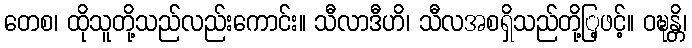
တေစ၊ ထိုသူတို့သည်လည်းကောင်း။ သီလာဒီဟိ၊ သီလအစရှိသည်တို့ြ့ဖင့်။ ဝဍ္ဎန္တိ၊